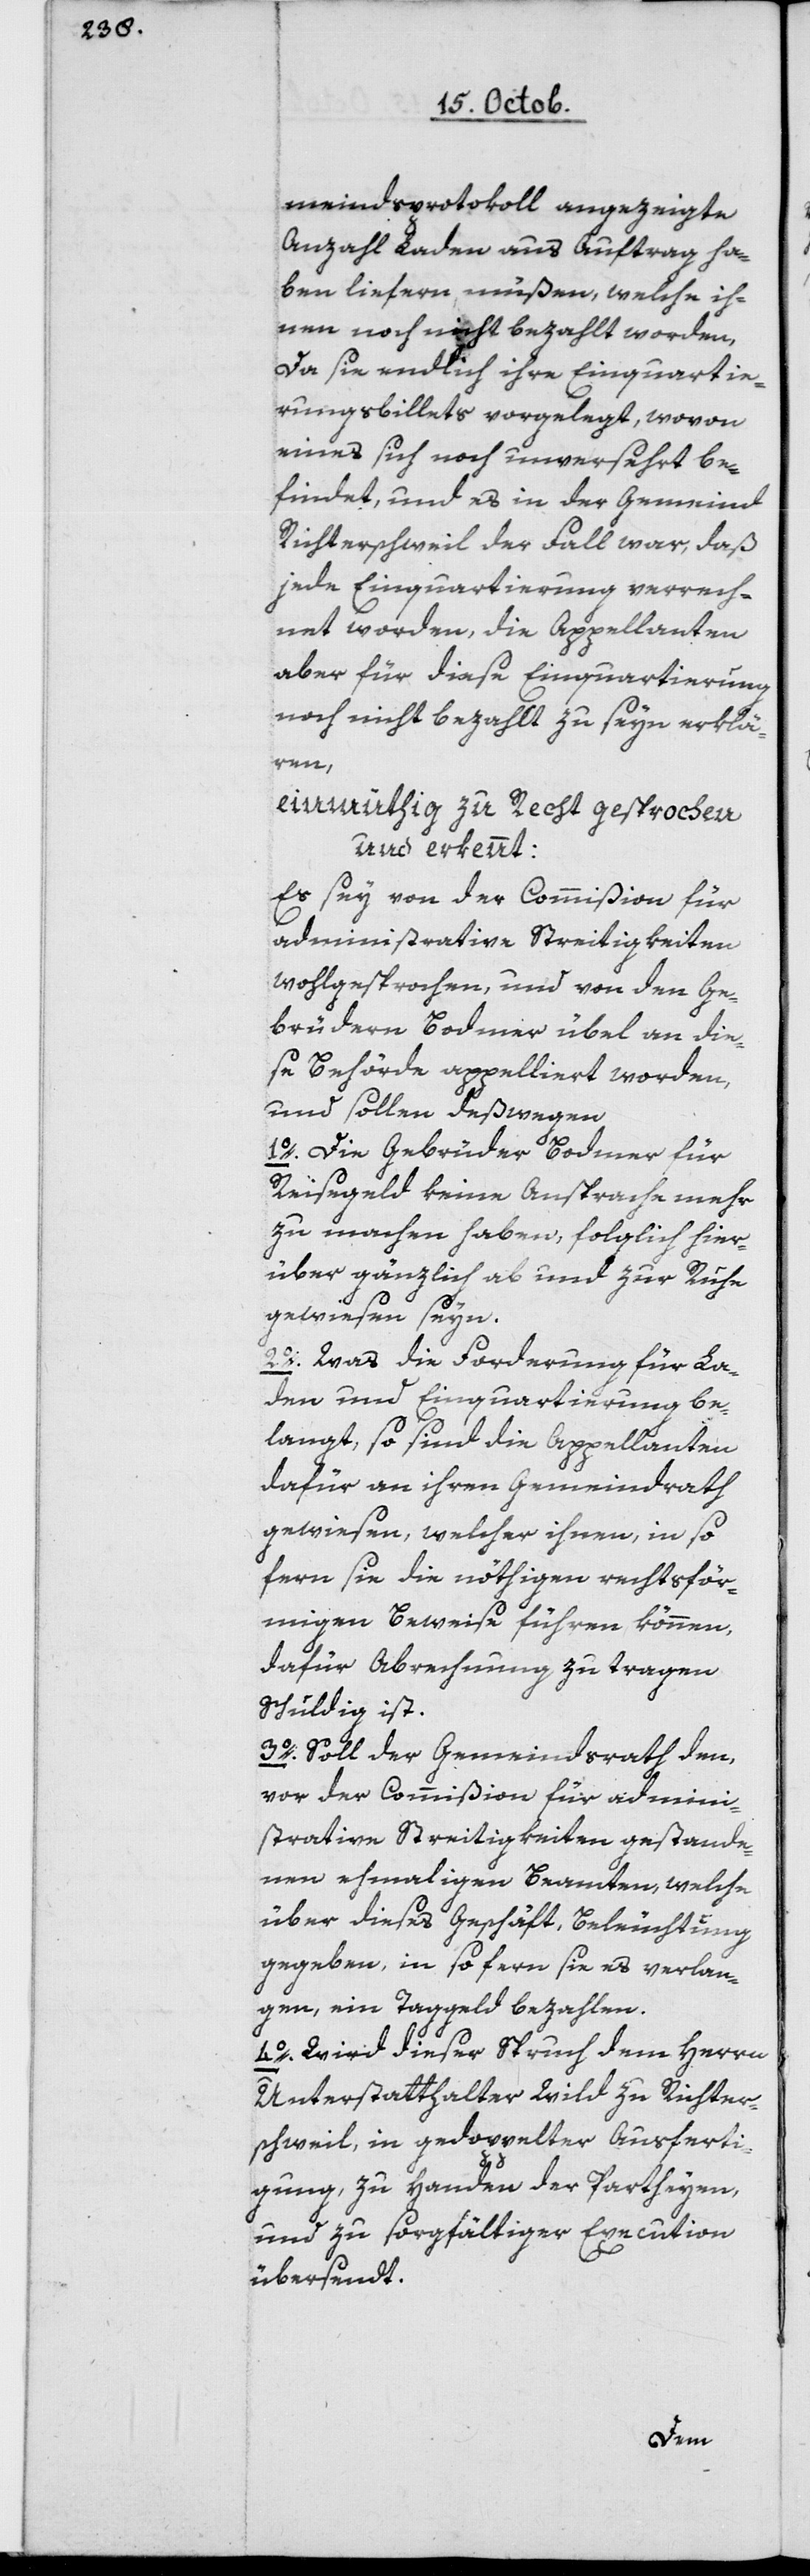
meindsprotokoll angezeigte
Anzahl Laden aus Auftrag ha¬
ben liefern müßen, welche ih¬
nen noch nicht bezahlt worden,
da sie endlich ihre Einquarti¬
rungsbillets vorgelegt, wovon
eines sich noch unversehrt be¬
findet, und es in der Gemeinde
Richterschweil der Fall war, daß
jede Einquartierung verrech¬
net worden, die Appellanten
aber für diese Einquartierung
noch nicht bezahlt zu seyn erklä¬
ren,
einmüthig zu Recht gesprochen
und erkennt:
Es sey von der Commißion für
administrative Streitigkeiten
wohlgesprochen, und von den Ge¬
brüdern Bodmer übel an die¬
se Behörde appelliert worden,
und sollen deßwegen
1o Die Gebrüder Bodmer für
Reisegeld keine Ansprache mehr
zu machen haben, folglich hier¬
über gänzlich ab und zur Ruhe
gewiesen seyn.
2o Was die Forderung für La¬
den und Einquartierung be¬
langt, so sind die Appellanten
dafür an ihren Gemeindrath
gewiesen, welcher ihnen, in so
fern sie die nöthigen rechtsför¬
migen Beweise führen können,
dafür Abrechnung zu tragen
schuldig ist.
3o Soll der Gemeindrath den,
vor der Commißion für admini¬
strative Streitigkeiten gestande¬
nen ehemaligen Beamten, welche
über dieses Geschäft Beleuchtung
gegeben, in so fern sie es verlan¬
gen, ein Taggeld bezahlen.
4o Wird dieser Spruch dem Herrn
Unterstatthalter Wild zu Richter¬
schweil, in gedoppelter Ausferti¬
gung, zu Handen der Partheyen
und zu sorgfältiger Execution
übersendt.